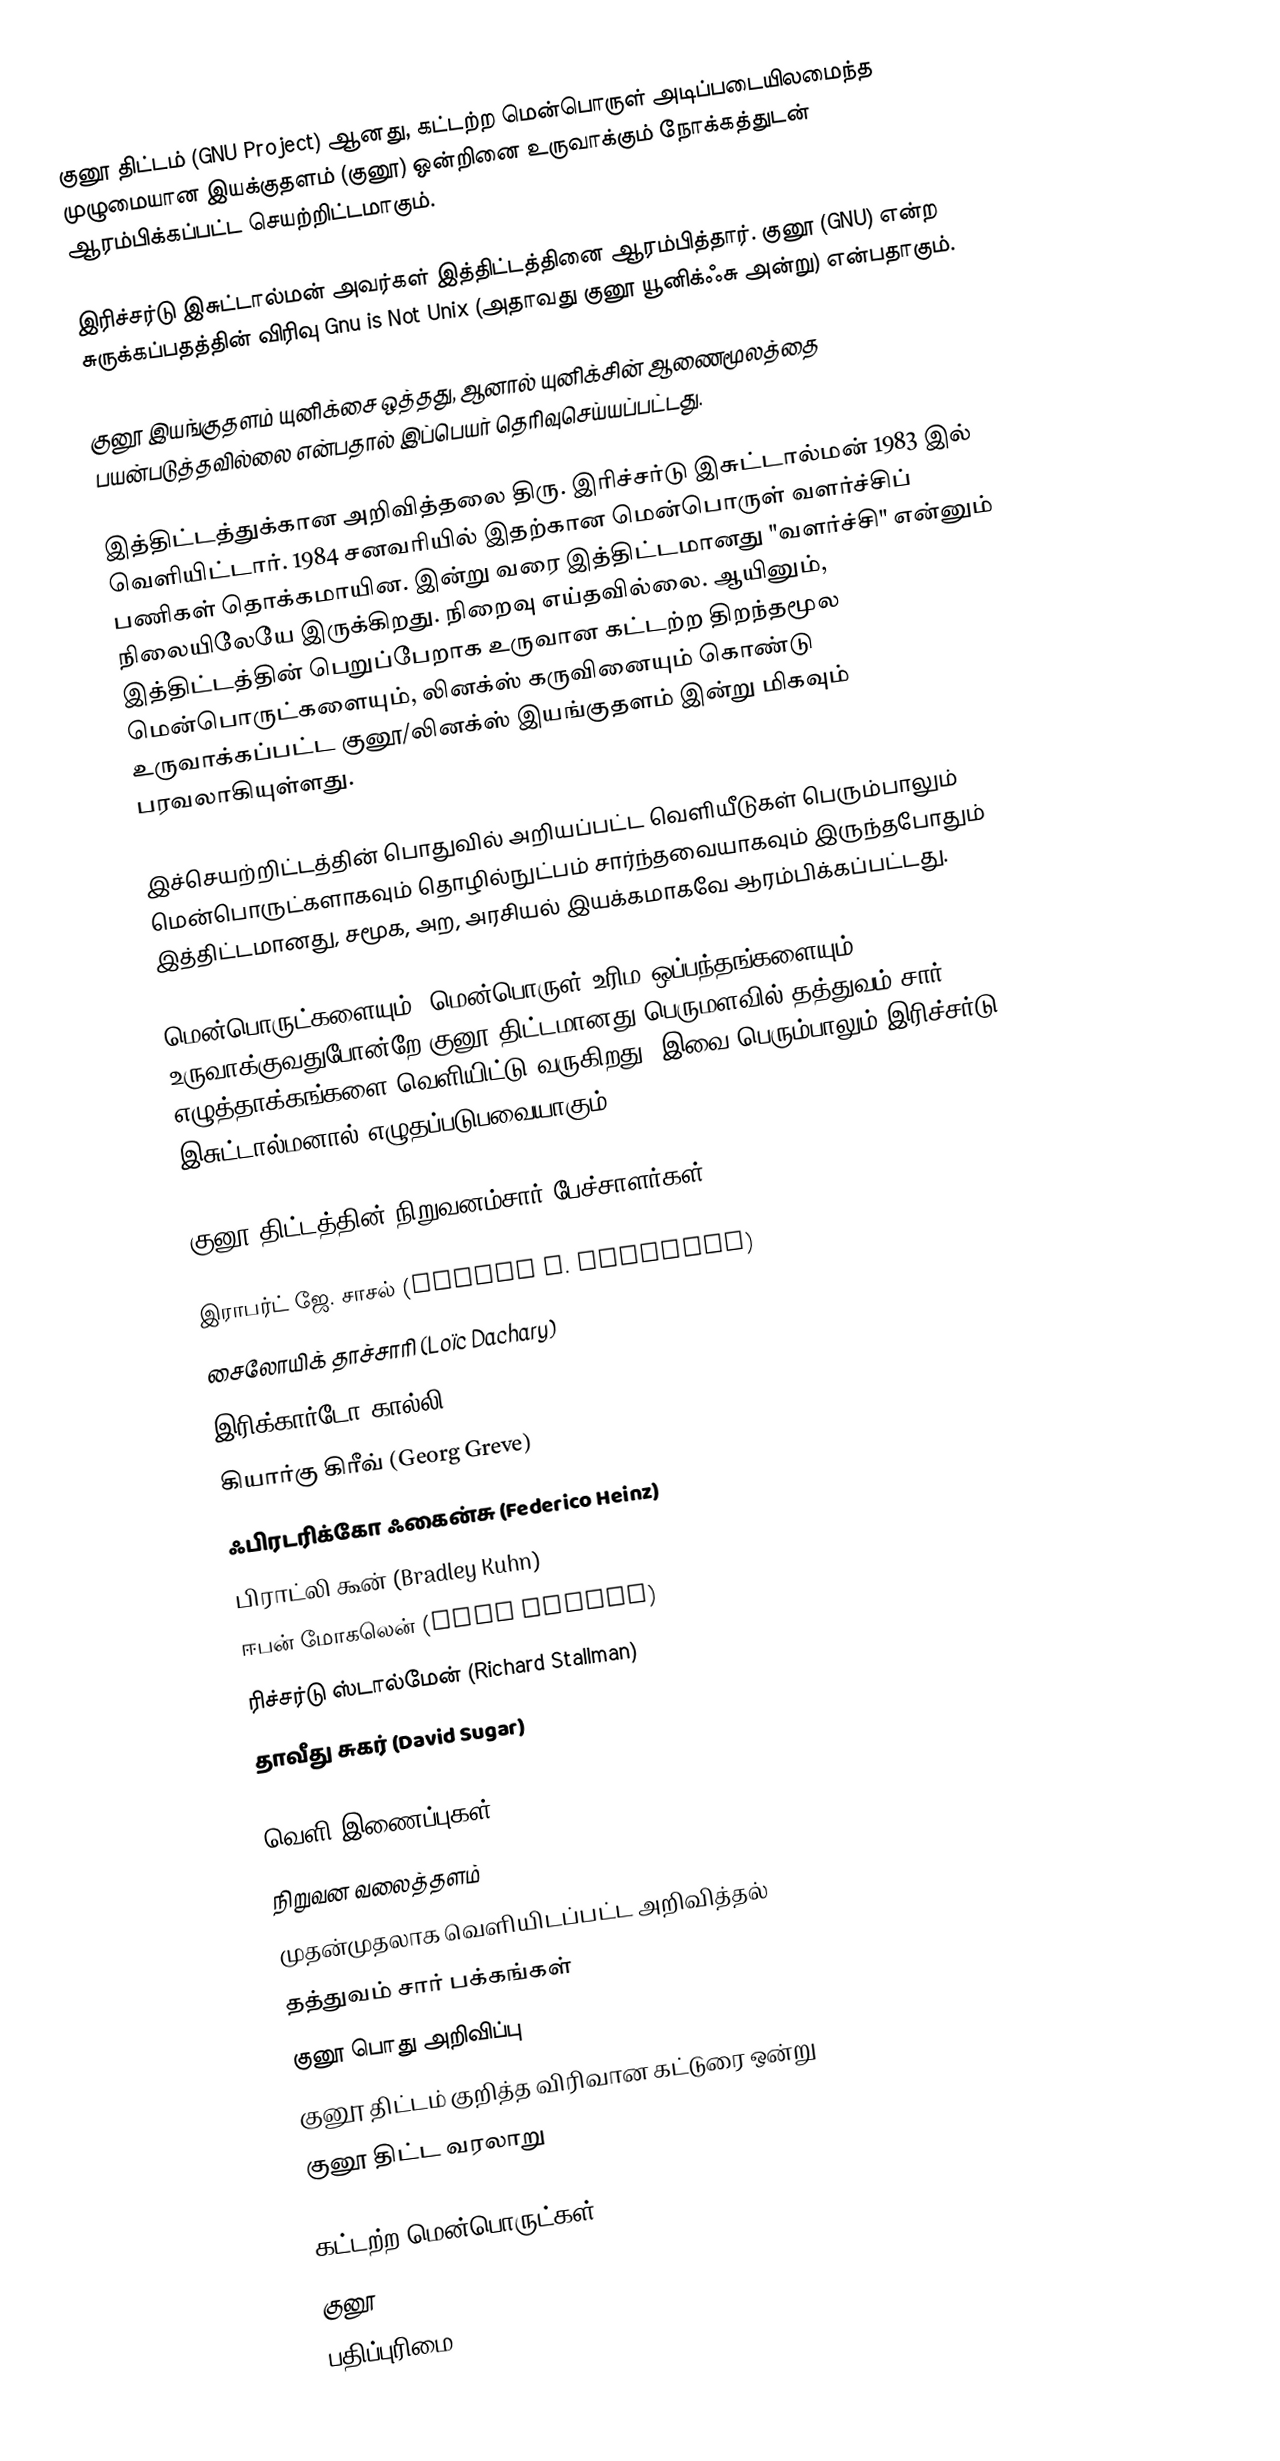
குனூ திட்டம் (GNU Project) ஆனது, கட்டற்ற மென்பொருள் அடிப்படையிலமைந்த முழுமையான இயக்குதளம் (குனூ) ஒன்றினை உருவாக்கும் நோக்கத்துடன் ஆரம்பிக்கப்பட்ட செயற்றிட்டமாகும்.

இரிச்சர்டு இசுட்டால்மன் அவர்கள் இத்திட்டத்தினை ஆரம்பித்தார். குனூ (GNU) என்ற சுருக்கப்பதத்தின் விரிவு Gnu is Not Unix  (அதாவது குனூ யூனிக்ஃசு அன்று) என்பதாகும்.

குனூ இயங்குதளம் யுனிக்சை ஒத்தது, ஆனால் யுனிக்சின் ஆணைமூலத்தை பயன்படுத்தவில்லை என்பதால் இப்பெயர் தெரிவுசெய்யப்பட்டது.

இத்திட்டத்துக்கான அறிவித்தலை திரு. இரிச்சர்டு இசுட்டால்மன்  1983 இல் வெளியிட்டார். 1984 சனவரியில் இதற்கான மென்பொருள் வளர்ச்சிப் பணிகள் தொக்கமாயின. இன்று வரை இத்திட்டமானது "வளர்ச்சி" என்னும்  நிலையிலேயே இருக்கிறது. நிறைவு எய்தவில்லை. ஆயினும், இத்திட்டத்தின் பெறுப்பேறாக உருவான கட்டற்ற திறந்தமூல மென்பொருட்களையும், லினக்ஸ் கருவினையும் கொண்டு உருவாக்கப்பட்ட குனூ/லினக்ஸ் இயங்குதளம் இன்று மிகவும் பரவலாகியுள்ளது.

இச்செயற்றிட்டத்தின் பொதுவில் அறியப்பட்ட வெளியீடுகள் பெரும்பாலும் மென்பொருட்களாகவும் தொழில்நுட்பம் சார்ந்தவையாகவும்  இருந்தபோதும் இத்திட்டமானது, சமூக, அற, அரசியல் இயக்கமாகவே ஆரம்பிக்கப்பட்டது.

மென்பொருட்களையும், மென்பொருள் உரிம ஒப்பந்தங்களையும் உருவாக்குவதுபோன்றே குனூ திட்டமானது பெருமளவில் தத்துவம் சார் எழுத்தாக்கங்களை வெளியிட்டு வருகிறது. இவை பெரும்பாலும் இரிச்சர்டு இசுட்டால்மனால் எழுதப்படுபவையாகும்

குனூ திட்டத்தின் நிறுவனம்சார் பேச்சாளர்கள்

இராபர்ட் ஜே. சாசல் (Robert J. Chassell)
சைலோயிக் தாச்சாரி (Loïc Dachary)
இரிக்கார்டோ கால்லி (Ricardo Galli)
கியார்கு கிரீவ் (Georg Greve)
ஃபிரடரிக்கோ ஃகைன்சு (Federico Heinz)
பிராட்லி கூன் (Bradley Kuhn)
ஈபன் மோகலென் (Eben Moglen)
ரிச்சர்டு ஸ்டால்மேன் (Richard Stallman)
தாவீது சுகர் (David Sugar)

வெளி இணைப்புகள்
நிறுவன வலைத்தளம்
முதன்முதலாக வெளியிடப்பட்ட அறிவித்தல்
தத்துவம் சார் பக்கங்கள்
குனூ பொது அறிவிப்பு
குனூ திட்டம் குறித்த விரிவான கட்டுரை ஒன்று
குனூ திட்ட வரலாறு

கட்டற்ற மென்பொருட்கள்
குனூ
பதிப்புரிமை